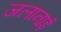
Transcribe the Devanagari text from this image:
जलानाई